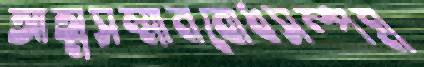
আত্মসম্মানবোধসম্পন্ন